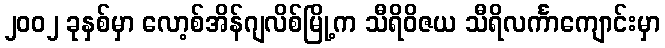
၂၀၀၂ ခုနှစ်မှာ လော့စ်အိန်ဂျလိစ်မြို့က သီရိဝိဇယ သီရိလင်္ကာကျောင်းမှာ